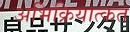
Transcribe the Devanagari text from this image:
अभिक्रियात्कत